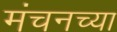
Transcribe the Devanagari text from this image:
मंचनच्या